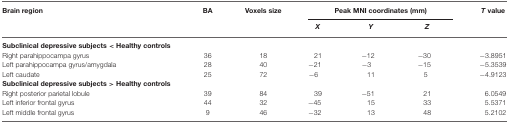
<table><thead><tr><td><b>Brain region</b></td><td><b>BA</b></td><td><b>Voxels size</b></td><td colspan="3"><b>Peak MNI coordinates (mm)</b></td><td><b><i>T</i> value</b></td></tr><tr><td></td><td></td><td></td><td><b><i>X</i></b></td><td><b><i>Y</i></b></td><td><b><i>Z</i></b></td><td></td></tr></thead><tbody><tr><td><b>Subclinical depressive subjects &lt; Healthy controls</b></td></tr><tr><td>Right parahippocampa gyrus</td><td>36</td><td>18</td><td>21</td><td>−12</td><td>−30</td><td>−3.8951</td></tr><tr><td>Left parahippocampa gyrus/amygdala</td><td>28</td><td>40</td><td>−21</td><td>−3</td><td>−15</td><td>−5.3539</td></tr><tr><td>Left caudate</td><td>25</td><td>72</td><td>−6</td><td>11</td><td>5</td><td>−4.9123</td></tr><tr><td><b>Subclinical depressive subjects &gt; Healthy controls</b></td></tr><tr><td>Right posterior parietal lobule</td><td>39</td><td>84</td><td>39</td><td>−51</td><td>21</td><td>6.0549</td></tr><tr><td>Left inferior frontal gyrus</td><td>44</td><td>32</td><td>−45</td><td>15</td><td>33</td><td>5.5371</td></tr><tr><td>Left middle frontal gyrus</td><td>9</td><td>46</td><td>−32</td><td>13</td><td>48</td><td>5.2102</td></tr></tbody></table>